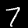
Digit: 7